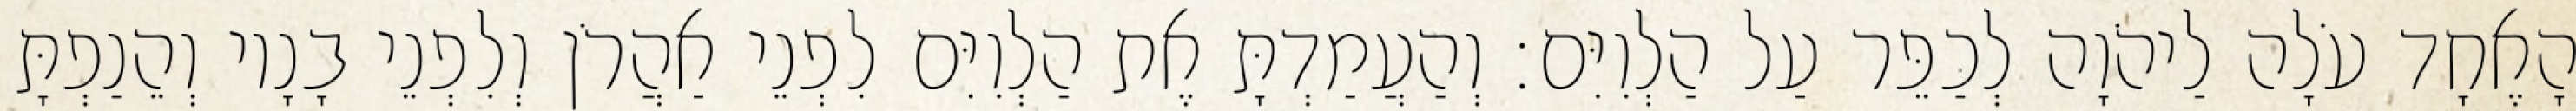
הָאֶחָד עֹלָה לַיהֹוָה לְכַפֵּר עַל הַלְוִיִּם׃ וְהַעֲמַדְתָּ אֶת הַלְוִיִּם לִפְנֵי אַהֲרֹן וְלִפְנֵי בָנָיו וְהֵנַפְתָּ